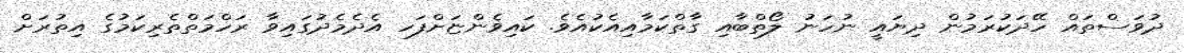
ދުވަސްތައް ހޭދަކުރަމުން ދިޔައީ ނުހަނު ލޯތްބާއި ގާތްކަމާއިއެކުއެވެ. ކައިވެންޏަށްފަހ އެދެމެދުގައިވާ ރަހްމަތްތެރިކަމުގެ އިތުރަށް